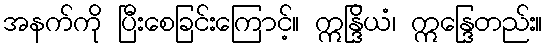
အနက်ကို ပြီးစေခြင်းကြောင့်။ ဣန္ဒြိယံ၊ ဣန္ဒြေတည်း။